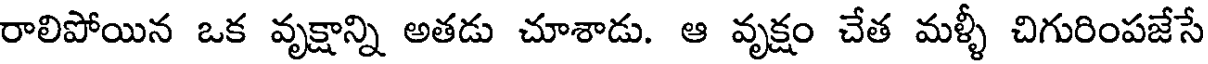
రాలిపోయిన ఒక వృక్షాన్ని అతడు చూశాడు. ఆ వృక్షం చేత మళ్ళీ చిగురింపజేసే